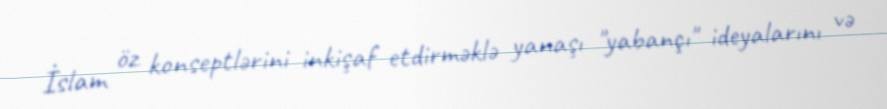
İslam öz konseptlərini inkişaf etdirməklə yanaşı "yabançı" ideyalarını və